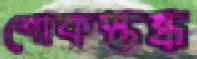
শোকস্তব্ধ